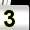
Digit: 3